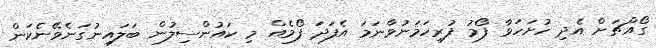
ގޯއްޗަށް އެދި ހުށަހަޅާ ފޯމު ފުރިހަމަނުވާނަމަ އެފަދަ ފޯމެއް މި ކައުންސިލުން ބަލައިނުގަނެވޭނެކަން